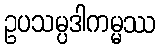
ဥပသမ္ပဒါကမ္မဿ